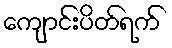
ကျောင်းပိတ်ရက်